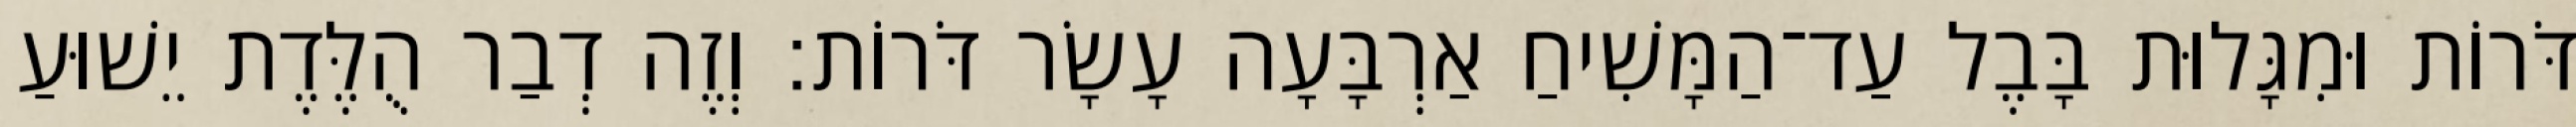
דֹּרוֹת וּמִגָּלוּת בָּבֶל עַד־הַמָּשִׁיחַ אַרְבָּעָה עָשָׂר דֹּרוֹת׃ וְזֶה דְבַר הֻלֶּדֶת יֵשׁוּעַ